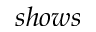
s h o w s